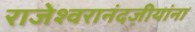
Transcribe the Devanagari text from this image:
राजेश्वरानंदजीयांना